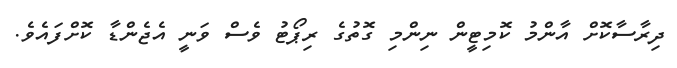
ދިރާސާކޮށް އާންމު ކޮމިޓީން ނިންމި ގޮތުގެ ރިޕޯޓު ވެސް ވަނީ އެޖެންޑާ ކޮށްފައެވެ.